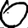
Digit: 0